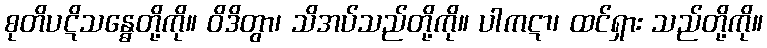
စုတိပဋိသန္ဓေတို့ကို။ ဝိဒိတွာ၊ သိအပ်သည်တို့ကို။ ပါကဋာ၊ ထင်ရှား သည်တို့ကို။